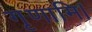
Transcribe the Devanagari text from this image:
गृणामि।